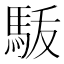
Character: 𩢚